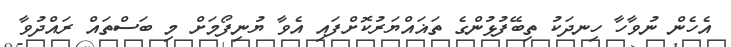
އެހެން ނުވާހާ ހިނދަކު ތިބޭފުޅުންގެ ތަޣައްޔަރުކޮށްފައި އެވާ ޔުނިފޯމަށް މި ބަސްތައް ރައްދުވާ